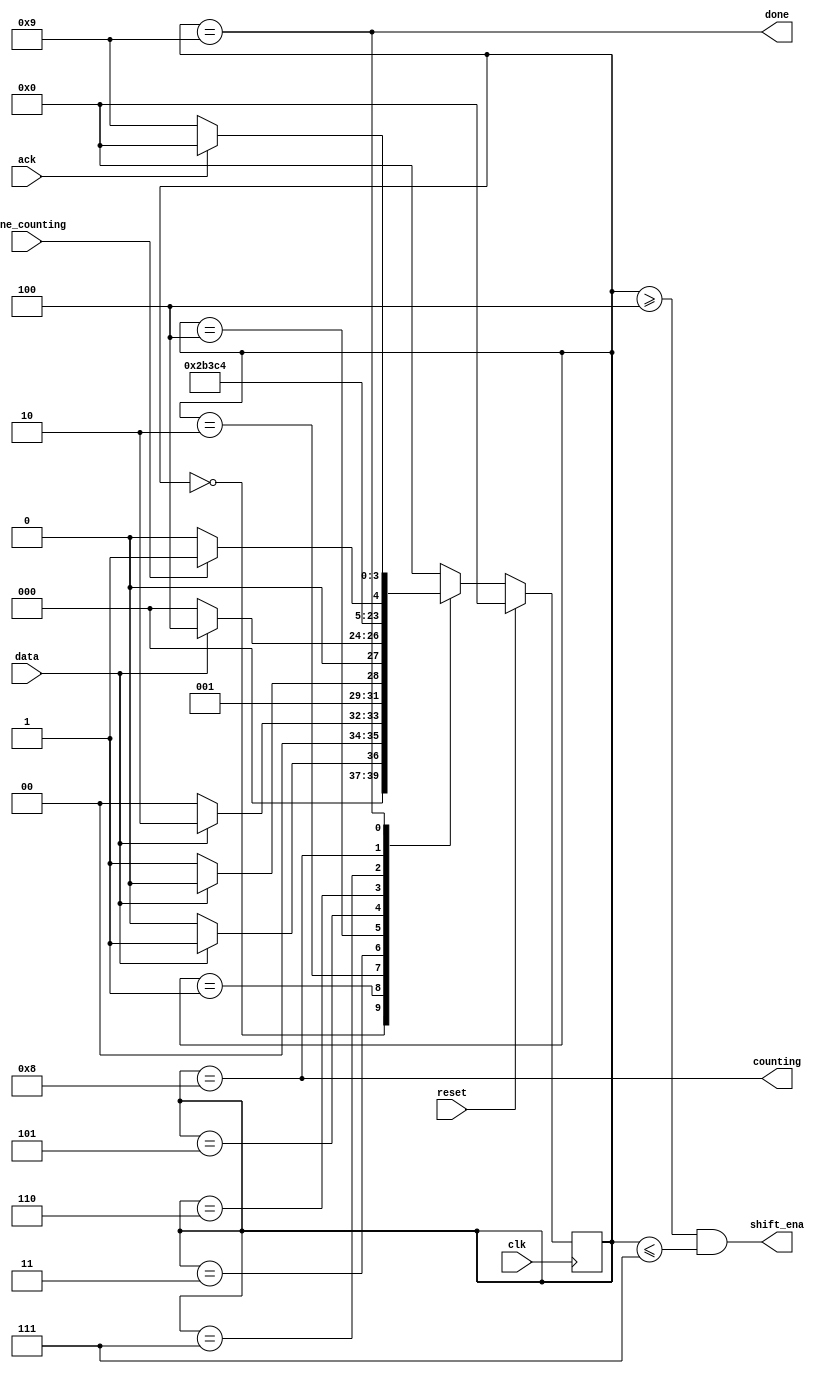
module top_module (
    input clk,
    input reset,      // Synchronous reset
    input data,
    output shift_ena,
    output counting,
    input done_counting,
    output done,
    input ack );

    parameter S=0, S1=1, S11=2, S110=3, B0=4, B1=5, B2=6, B3=7, COUNT=8, WAIT=9;

    reg [3:0] state, next_state;

    always @(posedge clk) begin
        if(reset)
            state <= S;
        else
            state <= next_state;
    end

    always @(*) begin
        case(state)
            S: next_state = data ? S1 : S;
            S1: next_state = data ? S11 : S;
            S11: next_state = data ? S11 : S110;
            S110: next_state = data ? B0 : S;
            B0: next_state = B1;
            B1: next_state = B2;
            B2: next_state = B3;
            B3: next_state = COUNT;
            COUNT: next_state = done_counting ? WAIT : COUNT;
            WAIT: next_state = ack ? S : WAIT;
            default: next_state = S;
        endcase
    end

    assign shift_ena = (state >= B0 & state <= B3);
    assign counting = state == COUNT;
    assign done = state == WAIT;

endmodule